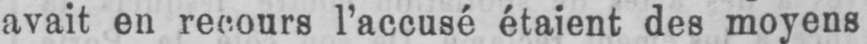
avait en recours l’accusé étaient des moyens